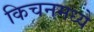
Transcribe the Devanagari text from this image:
किचनमध्ये